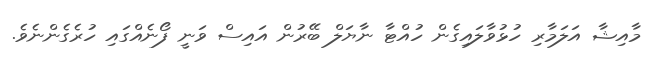
މާއިޝާ އަލަމާރި ހުޅުވާލައިގެން ހުއްޓާ ނާޔަލް ބޭރުން އައިސް ވަނީ ފޯނެއްގައި ހުރެގެންނެވެ.